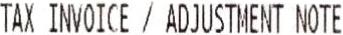
TAX INVOICE / ADJUSTMENT NOTE